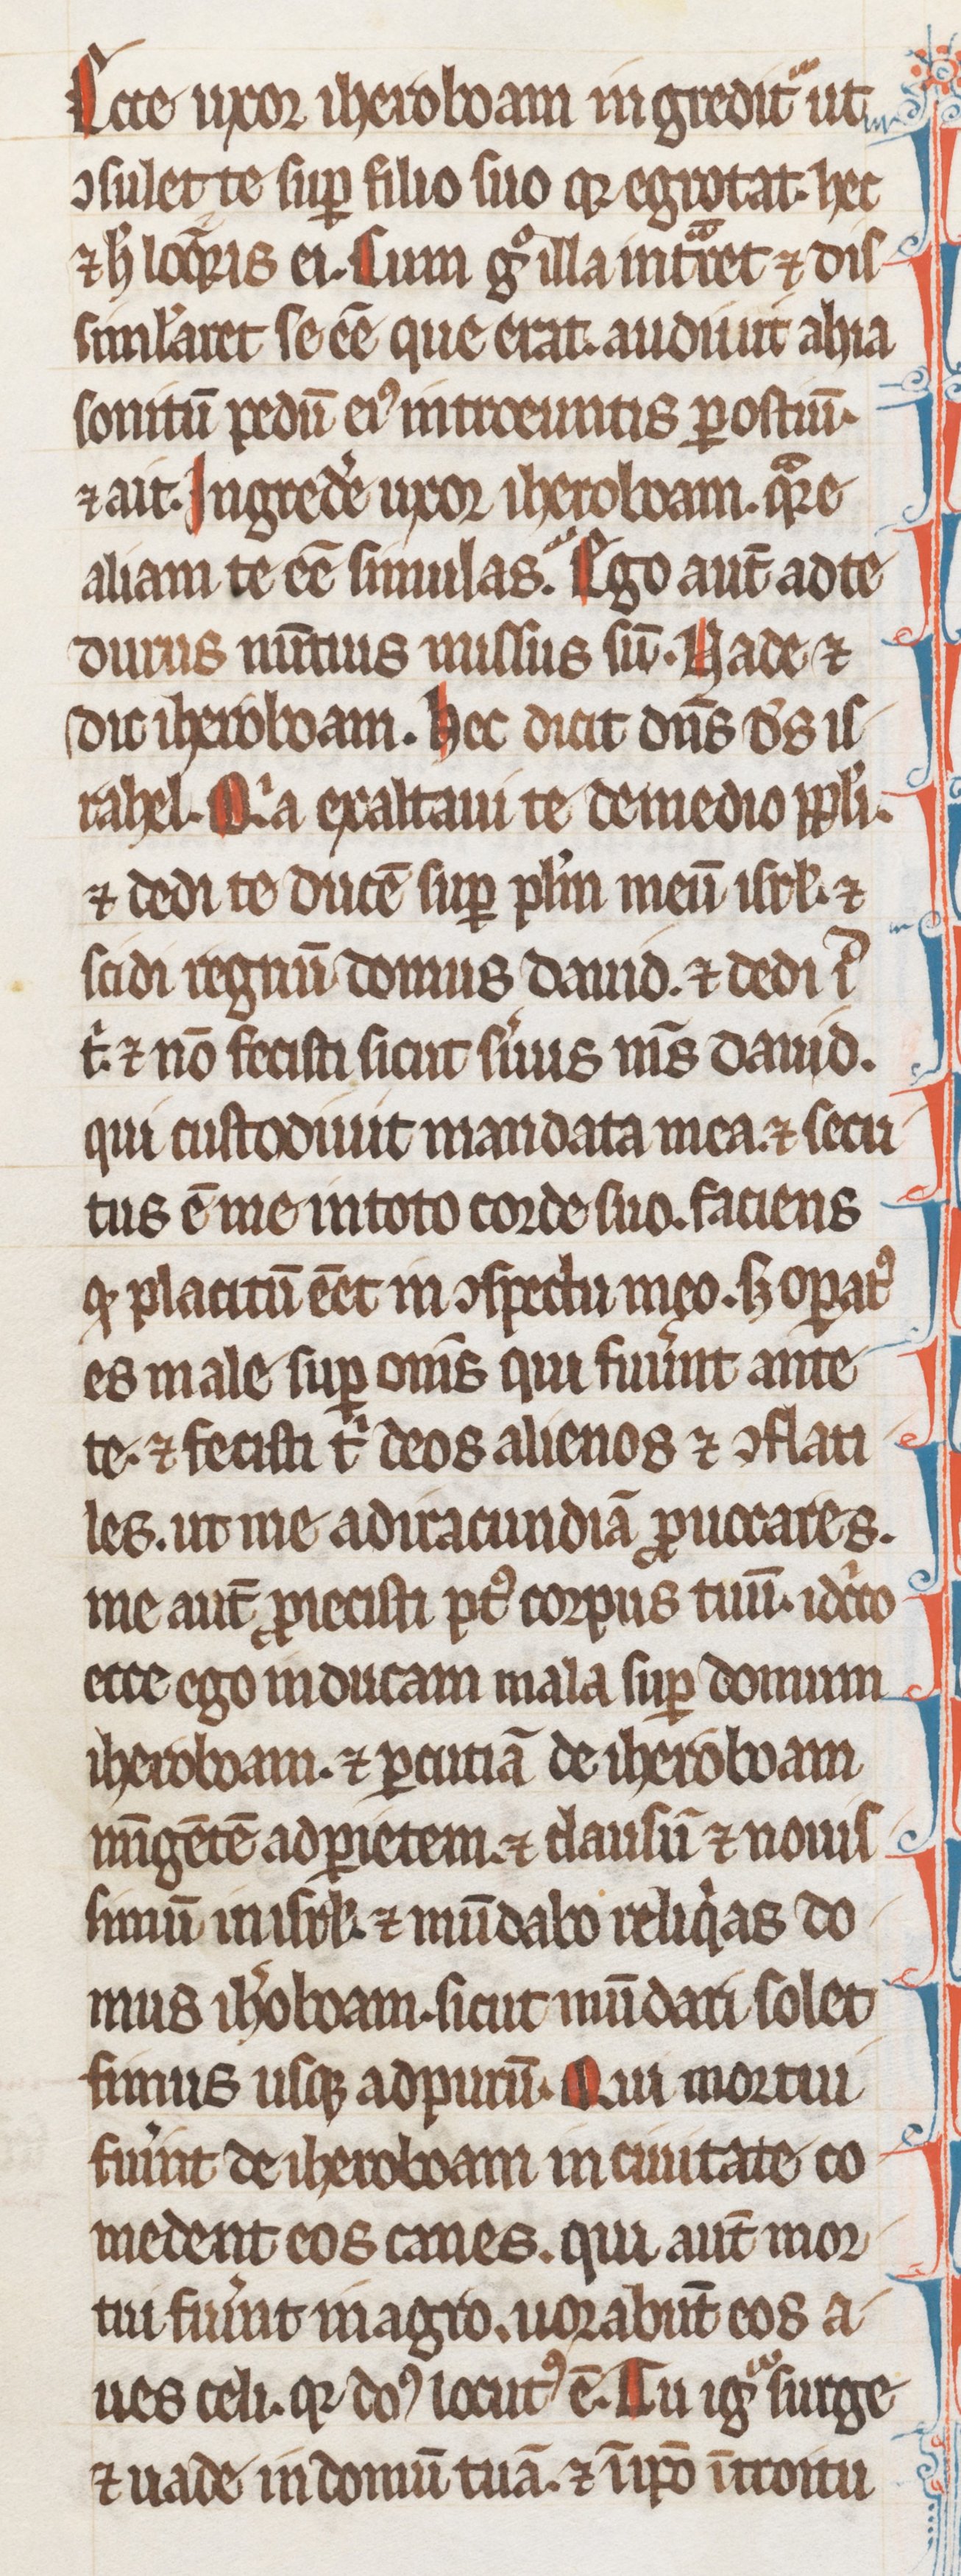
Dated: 1255–1285